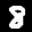
Label: 8